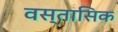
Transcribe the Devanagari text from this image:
वस्तासिक